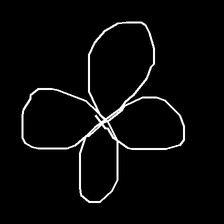
Glyph: billowing